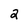
Character: 2